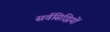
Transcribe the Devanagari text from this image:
सर्वसिद्धियों